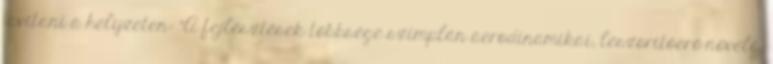
javítani a helyzeten: “A fejlesztések többsége szimplán aerodinamikai, leszorítóerő-növelő.